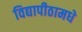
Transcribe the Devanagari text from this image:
विद्यापीठामधे